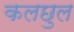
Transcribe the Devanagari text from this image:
कलछुल